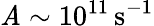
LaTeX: \mathit{A}\sim10^{11}\, \mathrm{{s}}^{-1}